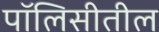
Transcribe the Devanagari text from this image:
पॉलिसीतील